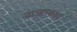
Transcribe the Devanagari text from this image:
वाज्हय्क्का